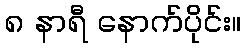
၈ နာရီ နောက်ပိုင်း။